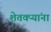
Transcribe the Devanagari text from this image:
शेतक्ऱ्यांना